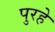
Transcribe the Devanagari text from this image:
पुरहे